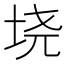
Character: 𫭪